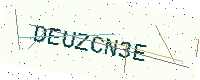
Text: DEUZCN3E